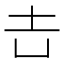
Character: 𡉆